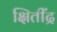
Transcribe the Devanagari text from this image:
क्षितींद्र